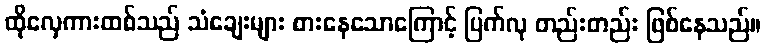
ထိုလှေကားထစ်သည် သံချေးများ စားနေသောကြောင့် ပြက်လု တည်းတည်း ဖြစ်နေသည်။